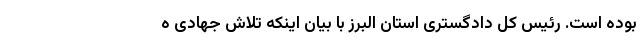
بوده است. رئیس کل دادگستری استان البرز با بیان اینکه تلاش جهادی ه